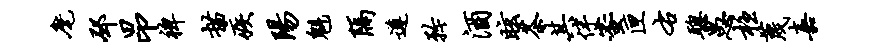
麾邳昂裨描疾阳魁隔遵矜酒眩茶其伴蜜匣右聪愚柱蔑嘉